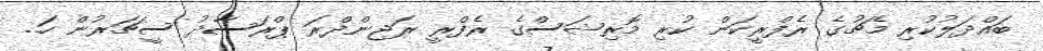
ބައްދަލުކުރި މެޗުގެ ރެފްރީކަން ކުރި މޮރިޝަސްގެ ރެފްރީ ރަޖިންދްރަ ޕްރަސާދު ސީޗަރުން ހަ..